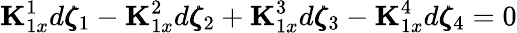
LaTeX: {\mathbf K}_{1x}^{1}d\pmb{\zeta}_{1}-{\mathbf K}_{1x}^{2}d\pmb{\zeta}_{2}+{\mathbf K}_{1x}^{3}d\pmb{\zeta}_{3}-{\mathbf K}_{1x}^{4}d\pmb{\zeta}_{4}=0